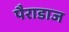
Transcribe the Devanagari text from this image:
पैराडाज